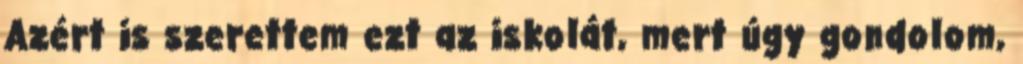
Azért is szerettem ezt az iskolát, mert úgy gondolom,